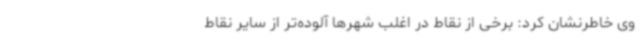
وی خاطرنشان کرد: برخی از نقاط در اغلب شهرها آلوده‌تر از سایر نقاط